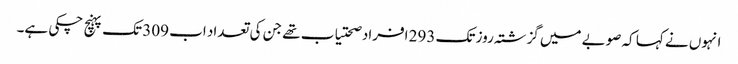
انہوں نے کہا کہ صوبے میں گزشتہ روز تک 293 افراد صحتیاب تھے جن کی تعداد اب 309 تک پہنچ چکی ہے۔